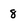
Character: 8